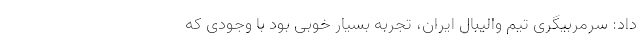
داد: سرمربیگری تیم والیبال ایران، تجربه بسیار خوبی بود با وجودی که